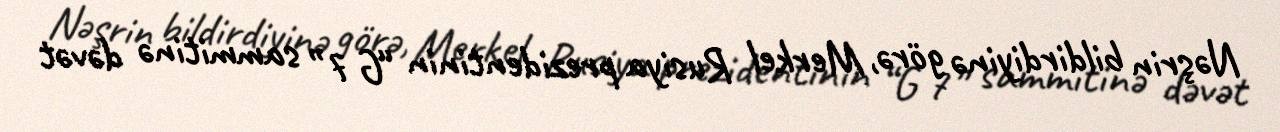
Nəşrin bildirdiyinə görə, Merkel Rusiya prezidentinin “G 7” sammitinə dəvət